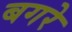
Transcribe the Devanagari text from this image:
बगरे